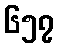
၆၅၇